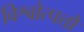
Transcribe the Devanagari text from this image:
विश्वोत्पत्तौ